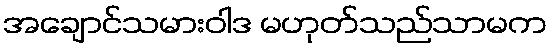
အချောင်သမားဝါဒ မဟုတ်သည်သာမက